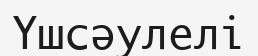
Үшсәулелі